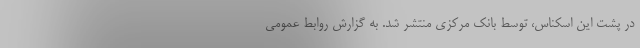
در پشت این اسکناس، توسط بانک مرکزی منتشر شد. به گزارش روابط عمومی